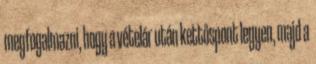
megfogalmazni, hogy a vételár után kettőspont legyen, majd a